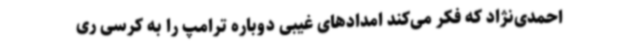
احمدی‌نژاد که فکر می‌کند امدادهای غیبی دوباره ترامپ را به کرسی ری